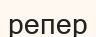
репер